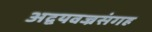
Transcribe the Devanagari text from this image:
अद्वयवज्रसंगह